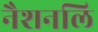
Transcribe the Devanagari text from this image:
नैशनलि